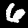
Digit: 6